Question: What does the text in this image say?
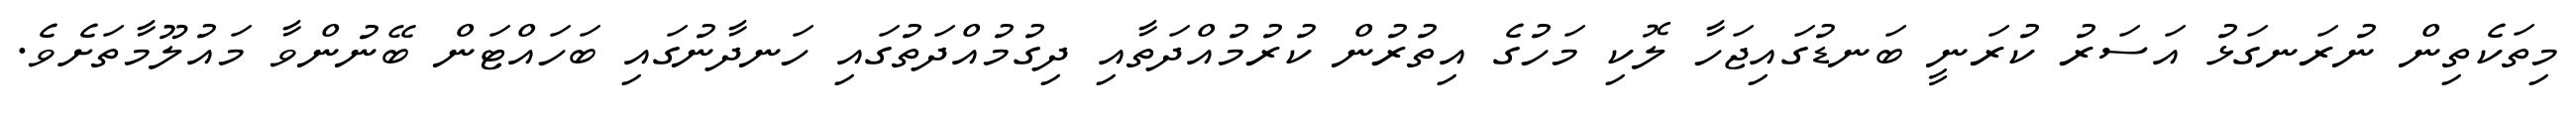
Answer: މިތަކެތިން ނުރަނގަޅު އަސަރު ކުރަނީ ބަނޑުގައިޖަހާ ލޮކި މަހުގެ އިތުރުން ކުރުމުއްދަތާއި ދިގުމުއްދަތުގައި ހަނދާނުގައި ބަހައްޓަން ބޭނުންވާ މައުލޫމާތަށެވެ.